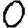
Digit: 0